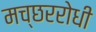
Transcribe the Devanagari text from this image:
मच्छररोधी